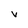
Character: V